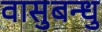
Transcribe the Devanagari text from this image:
वासुबन्धु